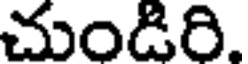
చుండిరి.